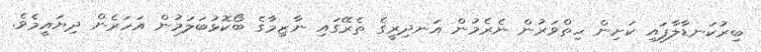
ބިރުކަނޑާލާފައި ކަށިން ހިތްވަރުން ނެރެމުން އަނދިރީގެ ތެރޭގައި ނާޒިމާގެ ބޯކޮޅުބަލަމުން އަހަރެން ދިޔައީމެވެ.